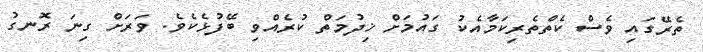
ތެރޭގައި ވެސް ކެތްތެރިކަމާއެކު ގައުމަށް ޚިދުމަތް ކުރެއްވި ބޭފުޅެކެވެ. ވަރަށް ގިނަ ރޮނގު